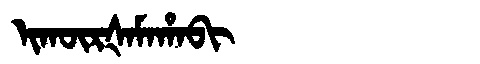
Manchu: ᡳᡴᡡᡵᡧᠠᠮᠠᡥᠠᠪᡳ
Romanization: IKŪRŠAMAHABI